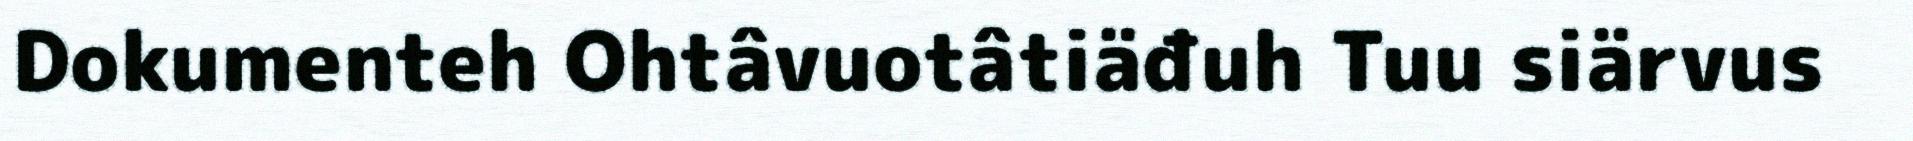
Dokumenteh Ohtâvuotâtiäđuh Tuu siärvus